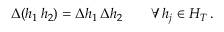
\Delta ( h _ { 1 } \, h _ { 2 } ) = \Delta h _ { 1 } \, \Delta h _ { 2 } \qquad \forall \, h _ { j } \in { \cal H } _ { T } \, .